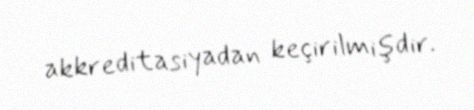
akkreditasiyadan keçirilmişdir.